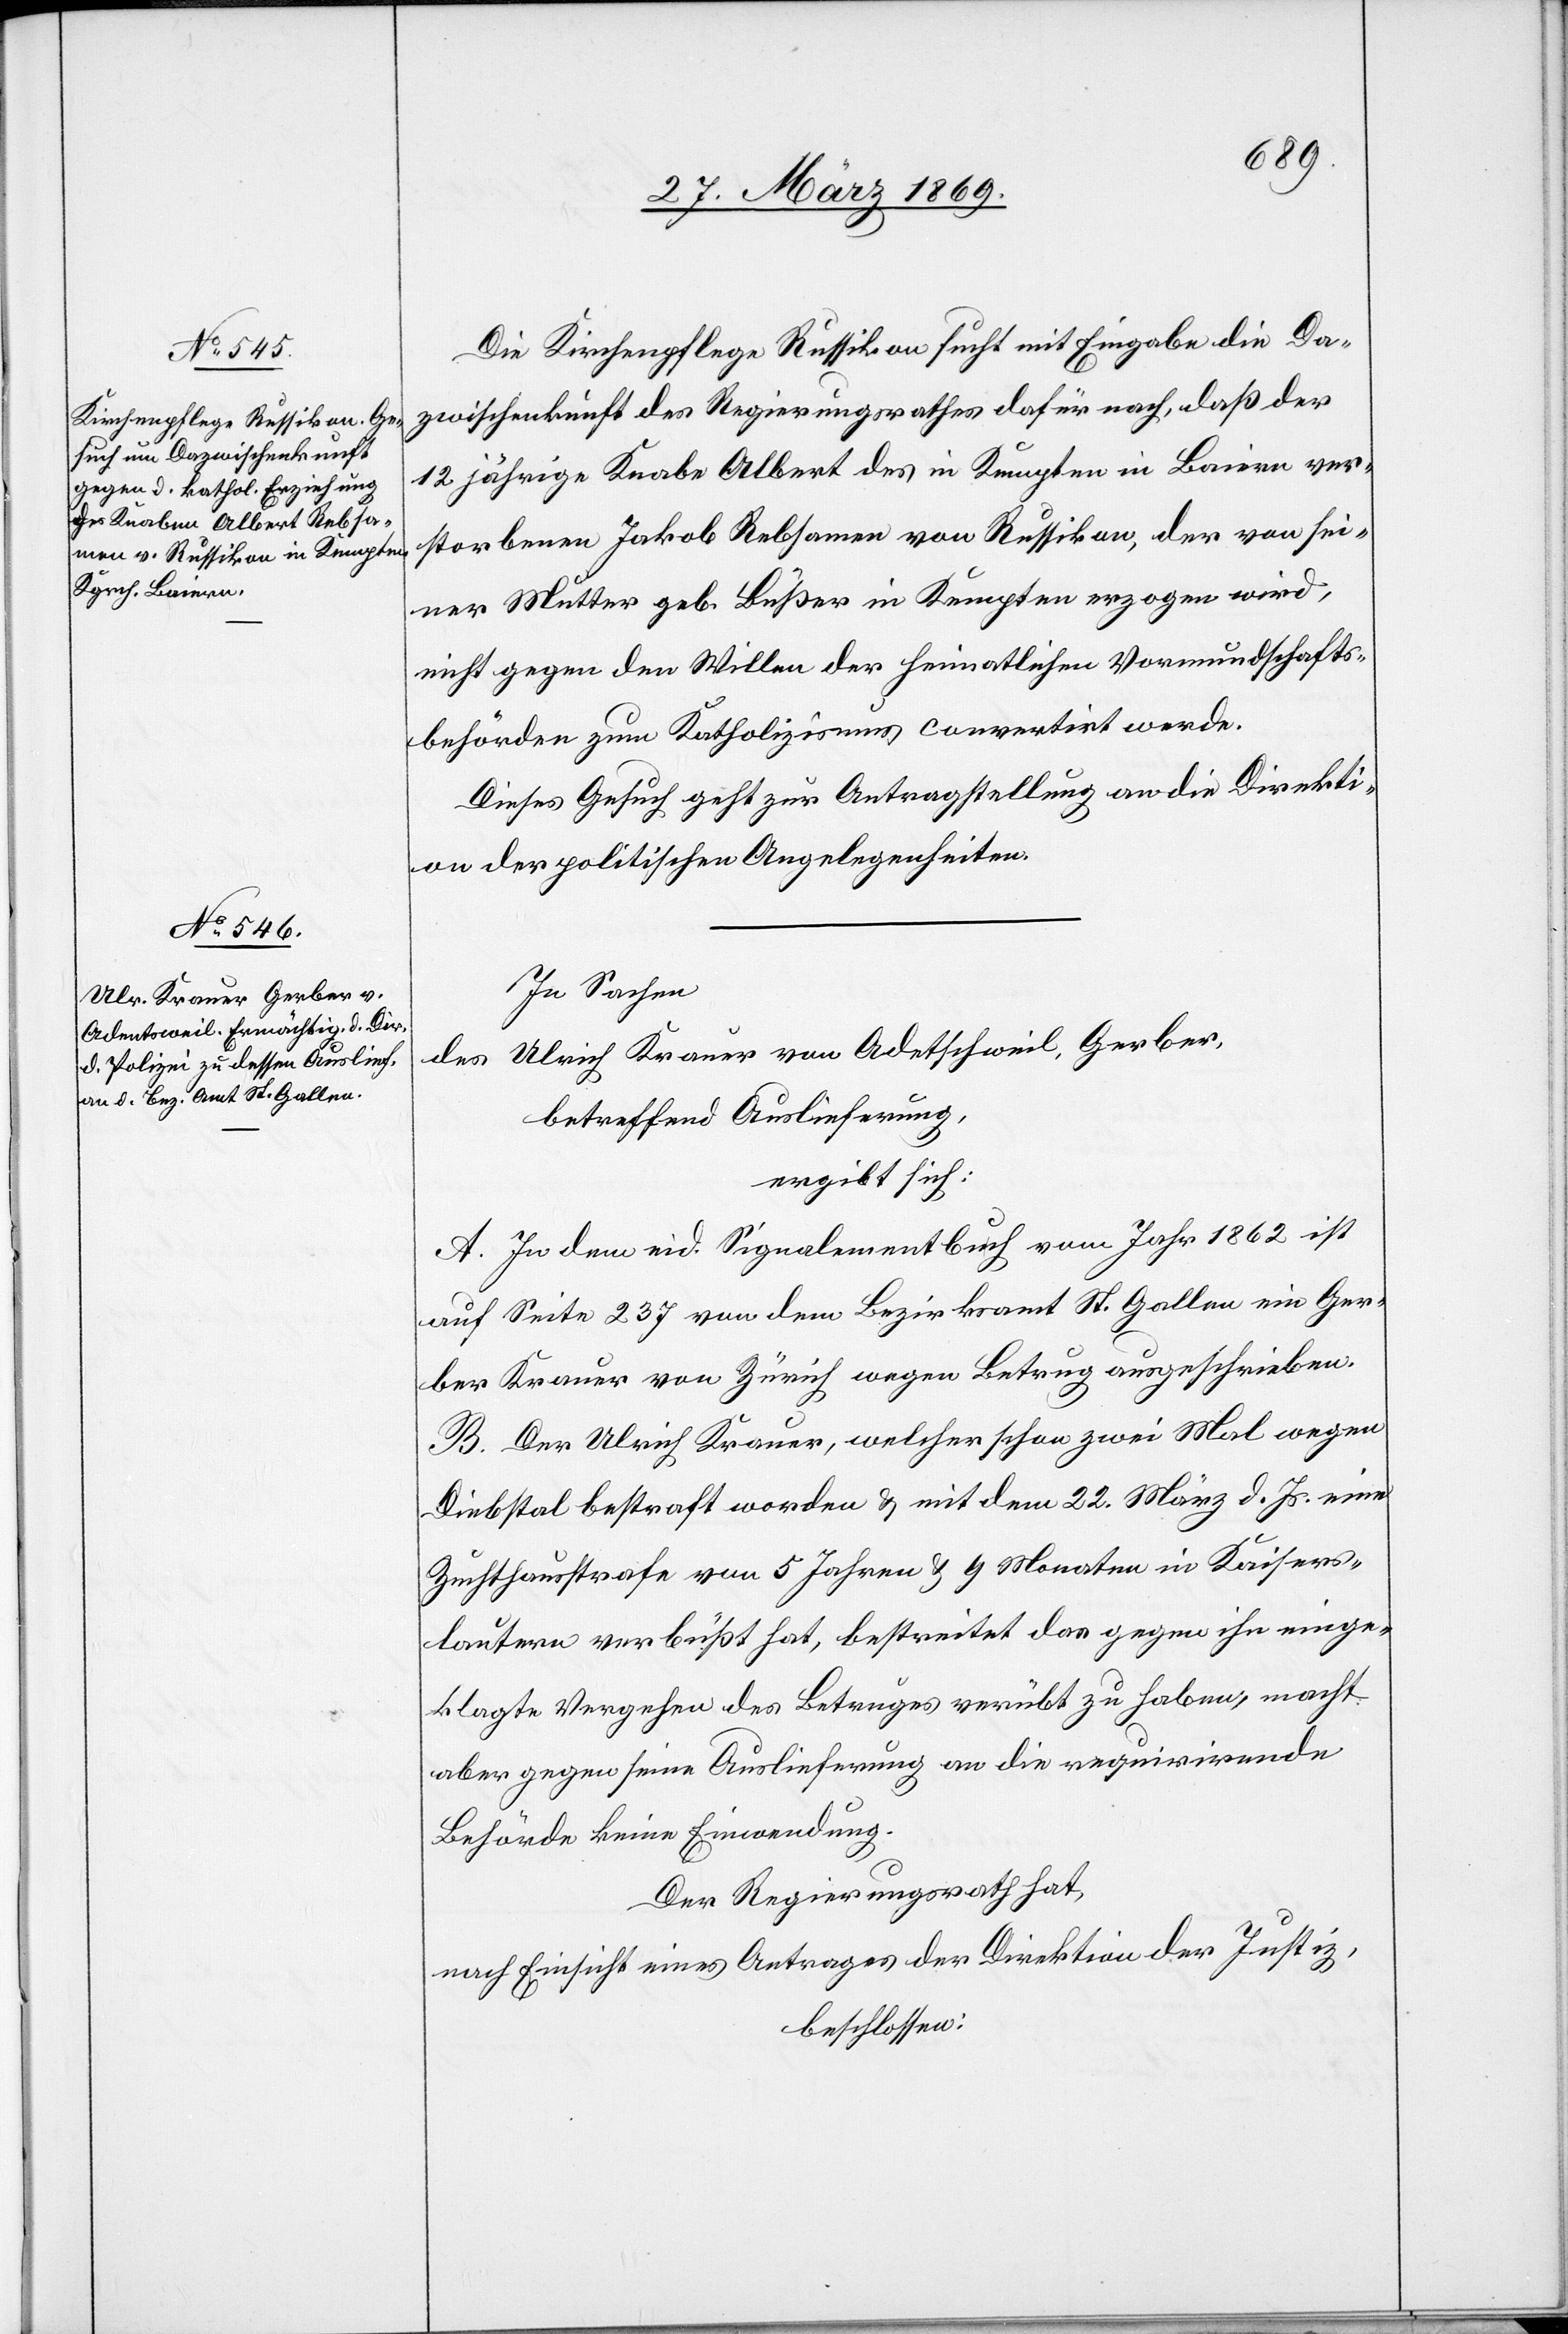
31. März 1869.]
Die Kirchenpflege Russikon sucht mit Eingabe die Da¬
zwischenkunft des Regierungsrathes dafür nach, daß der
12 jährige Knabe Albert des in Kempten in Baiern ver¬
storbenen Jakob Rebsamen von Russikon, der von sei¬
ner Mutter geb. Büßer in Kempten erzogen wird,
nicht gegen den Willen der heimatlichen Vormundschafts¬
behörden zum Katholizismus convertirt werde.
Dieses Gesuch geht zur Antragstellung an die Direkti¬
onen der politischen Angelegenheiten.
In Sachen
des Ulrich Krauer von Adetschweil [sic!], Gerber,
betreffend Auslieferung,
ergibt sich:
A. In dem eid. Signalementbuch vom Jahr 1862 ist
auf Seite 237 von dem Bezirksamt St. Gallen ein Ger¬
ber Krauer von Zürich wegen Betrug ausgeschrieben.
B. Der Ulrich Krauer, welcher schon zwei Mal wegen
Diebstal bestraft worden u. mit dem 22. März d. Js. eine
Zuchthausstrafe von 5 Jahren u. 9 Monaten in Kaisers¬
lautern verbüßt hat, bestreitet das gegen ihn einge¬
klagte Vergehen des Betruges verübt zu haben, macht
aber gegen seine Auslieferung an die requirirende
Behörde keine Einwendung.
Der Regierungsrath hat,
nach Einsicht eines Antrages der Direktion der Justiz,
beschlossen: